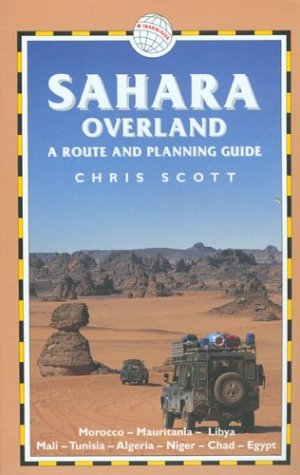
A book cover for Sahara Overland: A Route and Planning Guide; Chris Scott; Travel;